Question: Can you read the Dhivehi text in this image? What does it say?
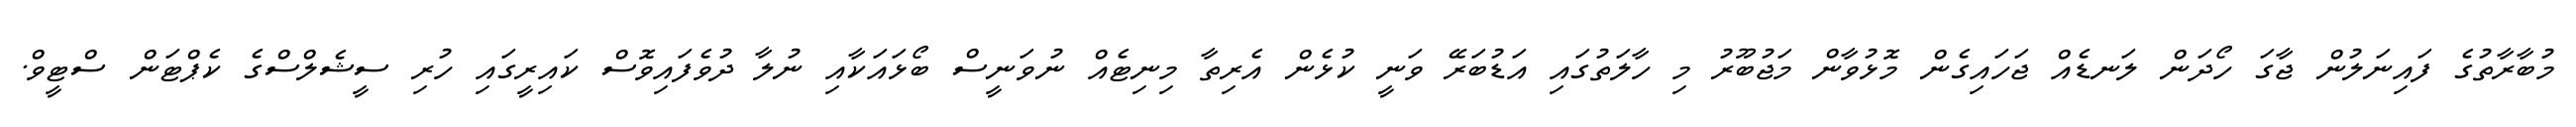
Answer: މުބާރާތުގެ ފައިނަލުން ޖާގަ ހޯދަން ލަނޑެއް ޖަހައިގެން މޮޅުވާން މަޖުބޫރު މި ހާލަތުގައި އަޑުބަރޭ ވަނީ ކުޅެން އެރިތާ މިނިޓެއް ނުވަނީސް ބޯޅައަކާއި ނުލާ ދުވެފައިވޮސް ކައިރީގައި ހުރި ސީޝެލްސްގެ ކެޕްޓަން ސްޓީވް.